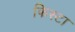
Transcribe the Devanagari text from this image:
फिस्टा